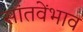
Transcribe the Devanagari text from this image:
सांतवेंभाव